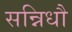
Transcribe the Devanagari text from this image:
सन्निधौ